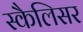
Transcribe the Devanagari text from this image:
स्कैलिसर